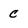
Character: c